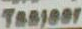
Taseer